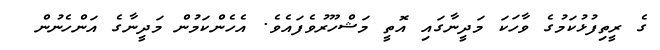
ގެ ރީތިފުޅުކަމުގެ ވާހަކަ މަދީނާގައި އޮތީ މަޝްހޫރުވެފައެވެ. އެހެންކަމުން މަދީނާގެ އަންހެނުން